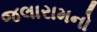
જલારામનો